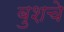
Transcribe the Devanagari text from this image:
बुशचे